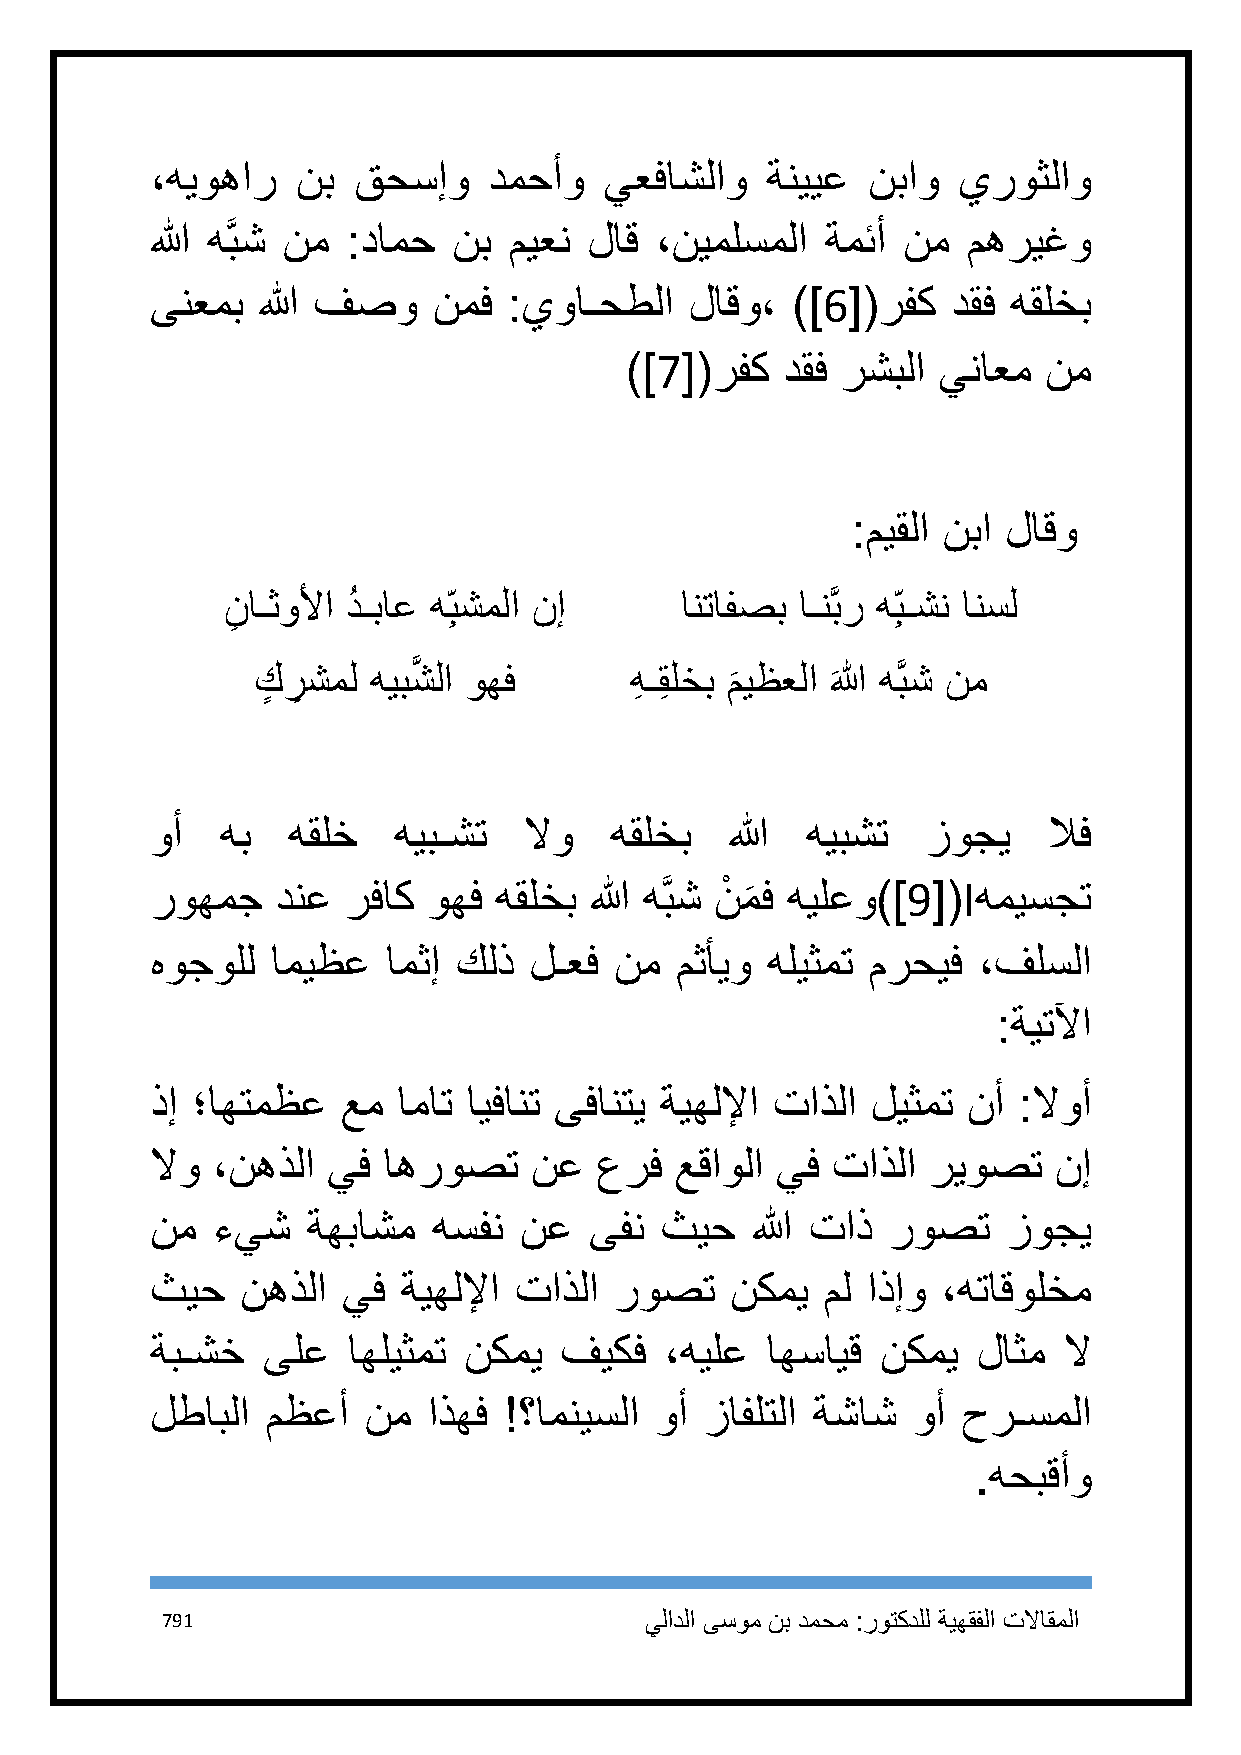
،هيوهار   نب قحسإو    دمحأو   يعفاشلاو   ةنييع نباو  يروثلاو
 الله هَّبش نم :دامح نب  ميعن لاق ،نيملسملا   ةمئأ نم  مهريغو
 ىنعمب  الله فصو    نمف  :يواـحطلا   لاقو، )]6[(رفك   دقف هقلخب
 )]7[(رفك   دقف رشبلا يناعم  نم
 :ميقلا نبا لاقو
 ن
 ِ
 اـثولأا دُ ـباع ه ِبشملا نإ  انتافصب اـنَّبر ه ِبـشن انسل
 كٍ ر
 ِ
 شمل هيبشَّ لا وهف     هِ ـقِ لخب م
 َ
 يظعلا َالله هَّبش نم
 وأ   هب  هقلخ   هيبـشت   لاو  هقلخب   الله هيبشت   زوجي    لاف
 روهمج   دنع  رفاك وهف  هقلخب الله هَّبش نْ م
 َ
 ف هيلعو)]9[(Iهميسجت
 هوجولل  اميظع   امثإ كلذ لـعف  نم  مثأيو هليثمت مرحيف  ،فلسلا
 :ةيتلآا
 ذإ ؛اهتمظع   عم امات ايفانت ىفانتي ةيهللإا تاذلا ليثمت نأ :لاوأ
 لاو ،نهذلا  يف اهروصت    نع  عرف   عقاولا يف تاذلا ريوصت    نإ
 نم  ءيش   ةهباشم   هسفن نع   ىفن  ثيح   الله تاذ روصت    زوجي
 ثيح   نهذلا  يف  ةيهللإا تاذلا روصت   نكمي  مل اذإو ،هتاقولخم
 ةبـشخ  ىلع   اهليثمت نكمي  فيكف   ،هيلع  اهسايق نكمي   لاثم لا
 لطابلا  مظعأ  نم  اذهف !؟امنيسلا وأ  زافلتلا ةشاش وأ  حرـسملا
 .هحبقأو
 791                             يلادلا ىسوم نب دمحم :روتكدلل ةيهقفلا تلااقملا